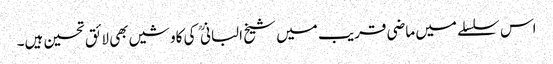
اس سلسلے میں ماضی قریب میں شیخ البانی کی کاوشیں بھی لائق تحسین ہیں۔